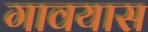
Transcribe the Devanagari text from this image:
गावयास